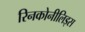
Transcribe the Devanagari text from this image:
रिनकोनीलिड्स